Lunatic asylums Punjab 1911-1921 - 1911-1921
Year: 1911
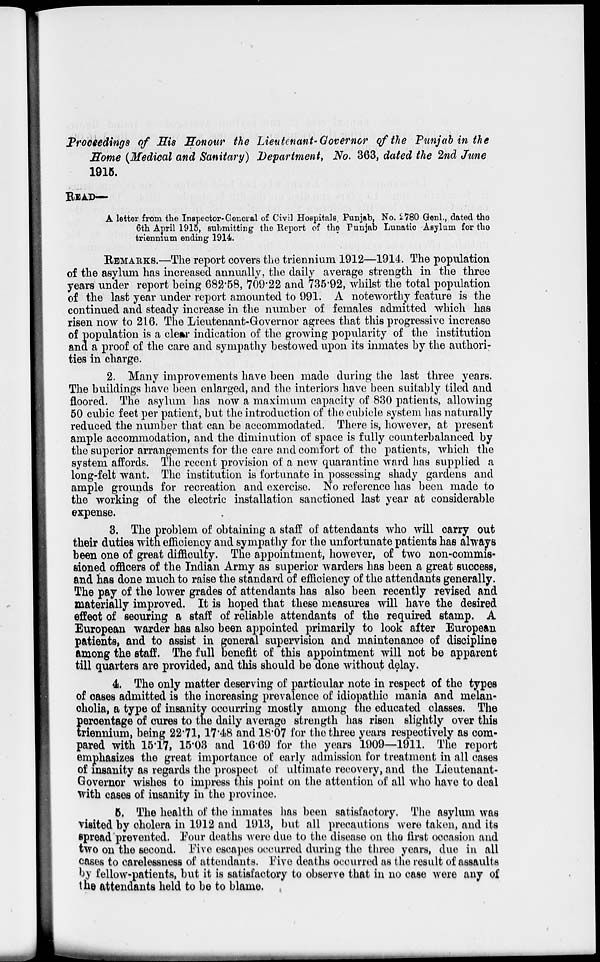
Proceedings of His Honour the Lieutenant-Governor of the Punjab in the
Home (Medical and Sanitary) Department, No. 363, dated the 2nd June
1915.
READ —
A letter from the Inspector-General of Civil Hospitals, Punjab, No. 2780 Genl., dated the
6th April 1915, submitting the Report of the Punjab Lunatic Asylum for the
triennium ending 1914.
REMARKS.—The report covers the triennium 1912—1914. The population
of the asylum has increased annually, the daily average strength in the three
years under report being 682.58, 709.22 and 735.92, whilst the total population
of the last year under report amounted to 991. A noteworthy feature is the
continued and steady increase in the number of females admitted which has
risen now to 216. The Lieutenant-Governor agrees that this progressive increase
of population is a clear indication of the growing popularity of the institution
and a proof of the care and sympathy bestowed upon its inmates by the authori-
ties in charge.
2. Many improvements have been made during the last three years.
The buildings have been enlarged, and the interiors have been suitably tiled and
floored. The asylum has now a maximum capacity of 830 patients, allowing
50 cubic feet per patient, but the introduction of the cubicle system has naturally
reduced the number that can be accommodated. There is, however, at present
ample accommodation, and the diminution of space is fully counterbalanced by
the superior arrangements for the care and comfort of the patients, which the
system affords. The recent provision of a new quarantine ward has supplied a
long-felt want. The Institution is fortunate in possessing shady gardens and
ample grounds for recreation and exercise. No reference has been made to
the working of the electric installation sanctioned last year at considerable
expense.
3. The problem of obtaining a staff of attendants who will carry out
their duties with efficiency and sympathy for the unfortunate patients has always
been one of great difficulty. The appointment, however, of two non-commis-
sioned officers of the Indian Army as superior warders has been a great success,
and has done much to raise the standard of efficiency of the attendants generally.
The pay of the lower grades of attendants has also been recently revised and
materially improved. It is hoped that these measures will have the desired
effect of securing a staff of reliable attendants of the required stamp. A
European warder has also been appointed primarily to look after European
patients, and to assist in general supervision and maintenance of discipline
among the staff. The full benefit of this appointment will not be apparent
till quarters are provided, and this should be done without delay.
4. The only matter deserving of particular note in respect of the types
of cases admitted is the increasing prevalence of idiopathic mania and melan-
cholia, a type of insanity occurring mostly among the educated classes. The
percentage of cures to the daily average strength has risen slightly over this
triennium, being 22.71, 17.48 and 18.07 for the three years respectively as com-
pared with 15.17, 15.03 and 16.69 for the years 1909—1911. The report
emphasizes the great importance of early admission for treatment in all cases
of insanity as regards the prospect of ultimate recovery, and the Lieutenant-
Governor wishes to impress this point on the attention of all who have to deal
with cases of insanity in the province.
5. The health of the inmates has been satisfactory. The asylum was
visited by cholera in 1912 and 1913, but all precautions were taken, and its
spread prevented. Four deaths were due to the disease on the first occasion and
two on the second. Five escapes occurred during the three years, due in all
cases to carelessness of attendants. Five deaths occurred as the result of assaults
by fellow-patients, but it is satisfactory to observe that in no case were any of
the attendants held to be to blame.